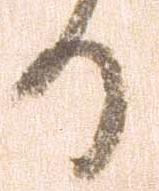
る